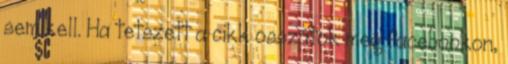
sem kell. Ha tetszett a cikk osszátok meg facebookon,